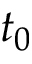
t _ { 0 }